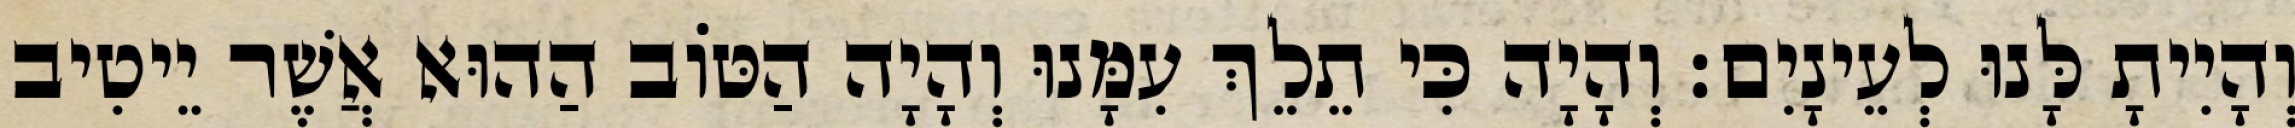
וְהָיִיתָ לָּנוּ לְעֵינָיִם׃ וְהָיָה כִּי תֵלֵךְ עִמָּנוּ וְהָיָה הַטּוֹב הַהוּא אֲשֶׁר יֵיטִיב